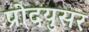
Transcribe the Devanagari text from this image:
प्रोदयुसर